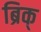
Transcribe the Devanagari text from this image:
ब्रिक्